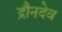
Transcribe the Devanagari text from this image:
द्रौनदेव